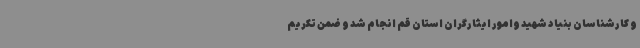
و کارشناسان بنیاد شهید وامور ایثارگران استان قم انجام شد و ضمن تکریم